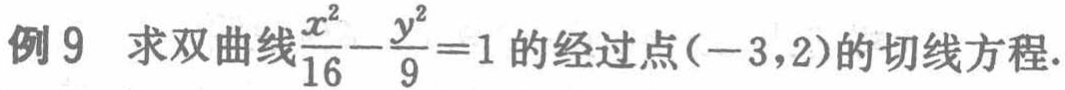
例 9 求双曲线$\frac{x^{2}}{16}-\frac{y^{2}}{9}=1$的经过点$(-3,2)$的切线方程.